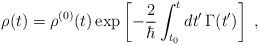
\begin{align*}\rho(t) = \rho^{(0)}(t) \exp\left[ -\frac{2}{\hbar} \int^t_{t_0} dt'\, \Gamma(t')\right] \;,\end{align*}